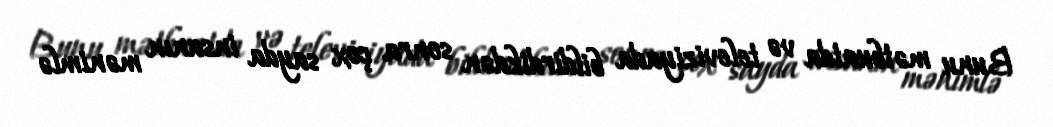
Bunu mətbuatda və televiziyada bildirdikdən sonra çox sayda insanın mənimlə